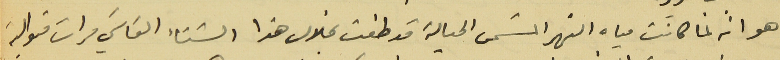
هو انه لما كانت مياه النهر المسَمى الحيالة قد طفت بخلال هذا الشتاء القاسَي مرات متوالية